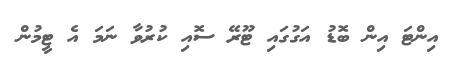
އިންޓަ އިން ބޮޑު އަގުގައި ޓޫރޭ ސޮއި ކުރުވާ ނަމަ އެ ޓީމުން